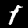
Label: 1